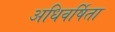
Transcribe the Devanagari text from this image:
अधिवर्षिता